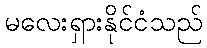
မလေးရှားနိုင်ငံသည်